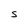
Character: S